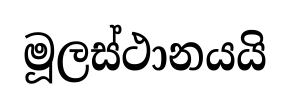
මූලස්ථානයයි